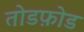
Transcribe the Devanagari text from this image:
तोडफ़ोड